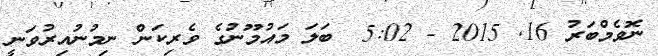
ނޮވެމްބަރު 16